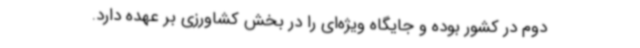
دوم در کشور بوده و جایگاه ویژه‌ای را در بخش کشاورزی بر عهده دارد.